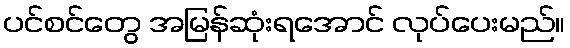
ပင်စင်တွေ အမြန်ဆုံးရအောင် လုပ်ပေးမည်။